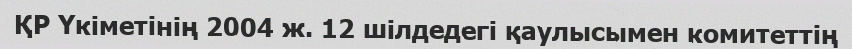
ҚР Үкіметінің 2004 ж. 12 шілдедегі қаулысымен комитеттің